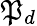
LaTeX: \mathfrak{P}_{d}